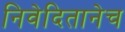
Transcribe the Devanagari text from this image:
निवेदितानेच